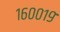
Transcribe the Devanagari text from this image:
१६००१९